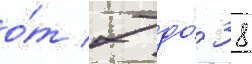
о́т 7 до́ 38